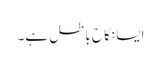
ایسا نکاح باطل ہے۔